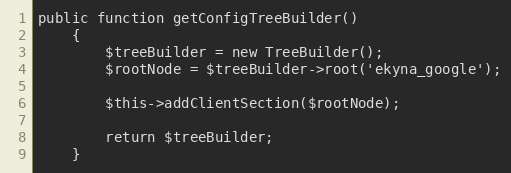
Language: PHP
public function getConfigTreeBuilder()
    {
        $treeBuilder = new TreeBuilder();
        $rootNode = $treeBuilder->root('ekyna_google');

        $this->addClientSection($rootNode);

        return $treeBuilder;
    }